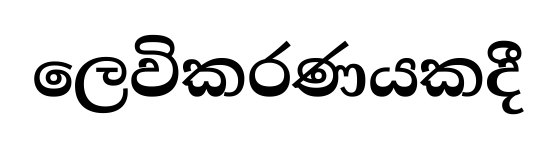
ලෙවිකරණයකදී